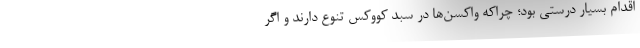
اقدام بسیار درستی بود؛ چراکه واکسن‌ها در سبد کووکس تنوع دارند و اگر